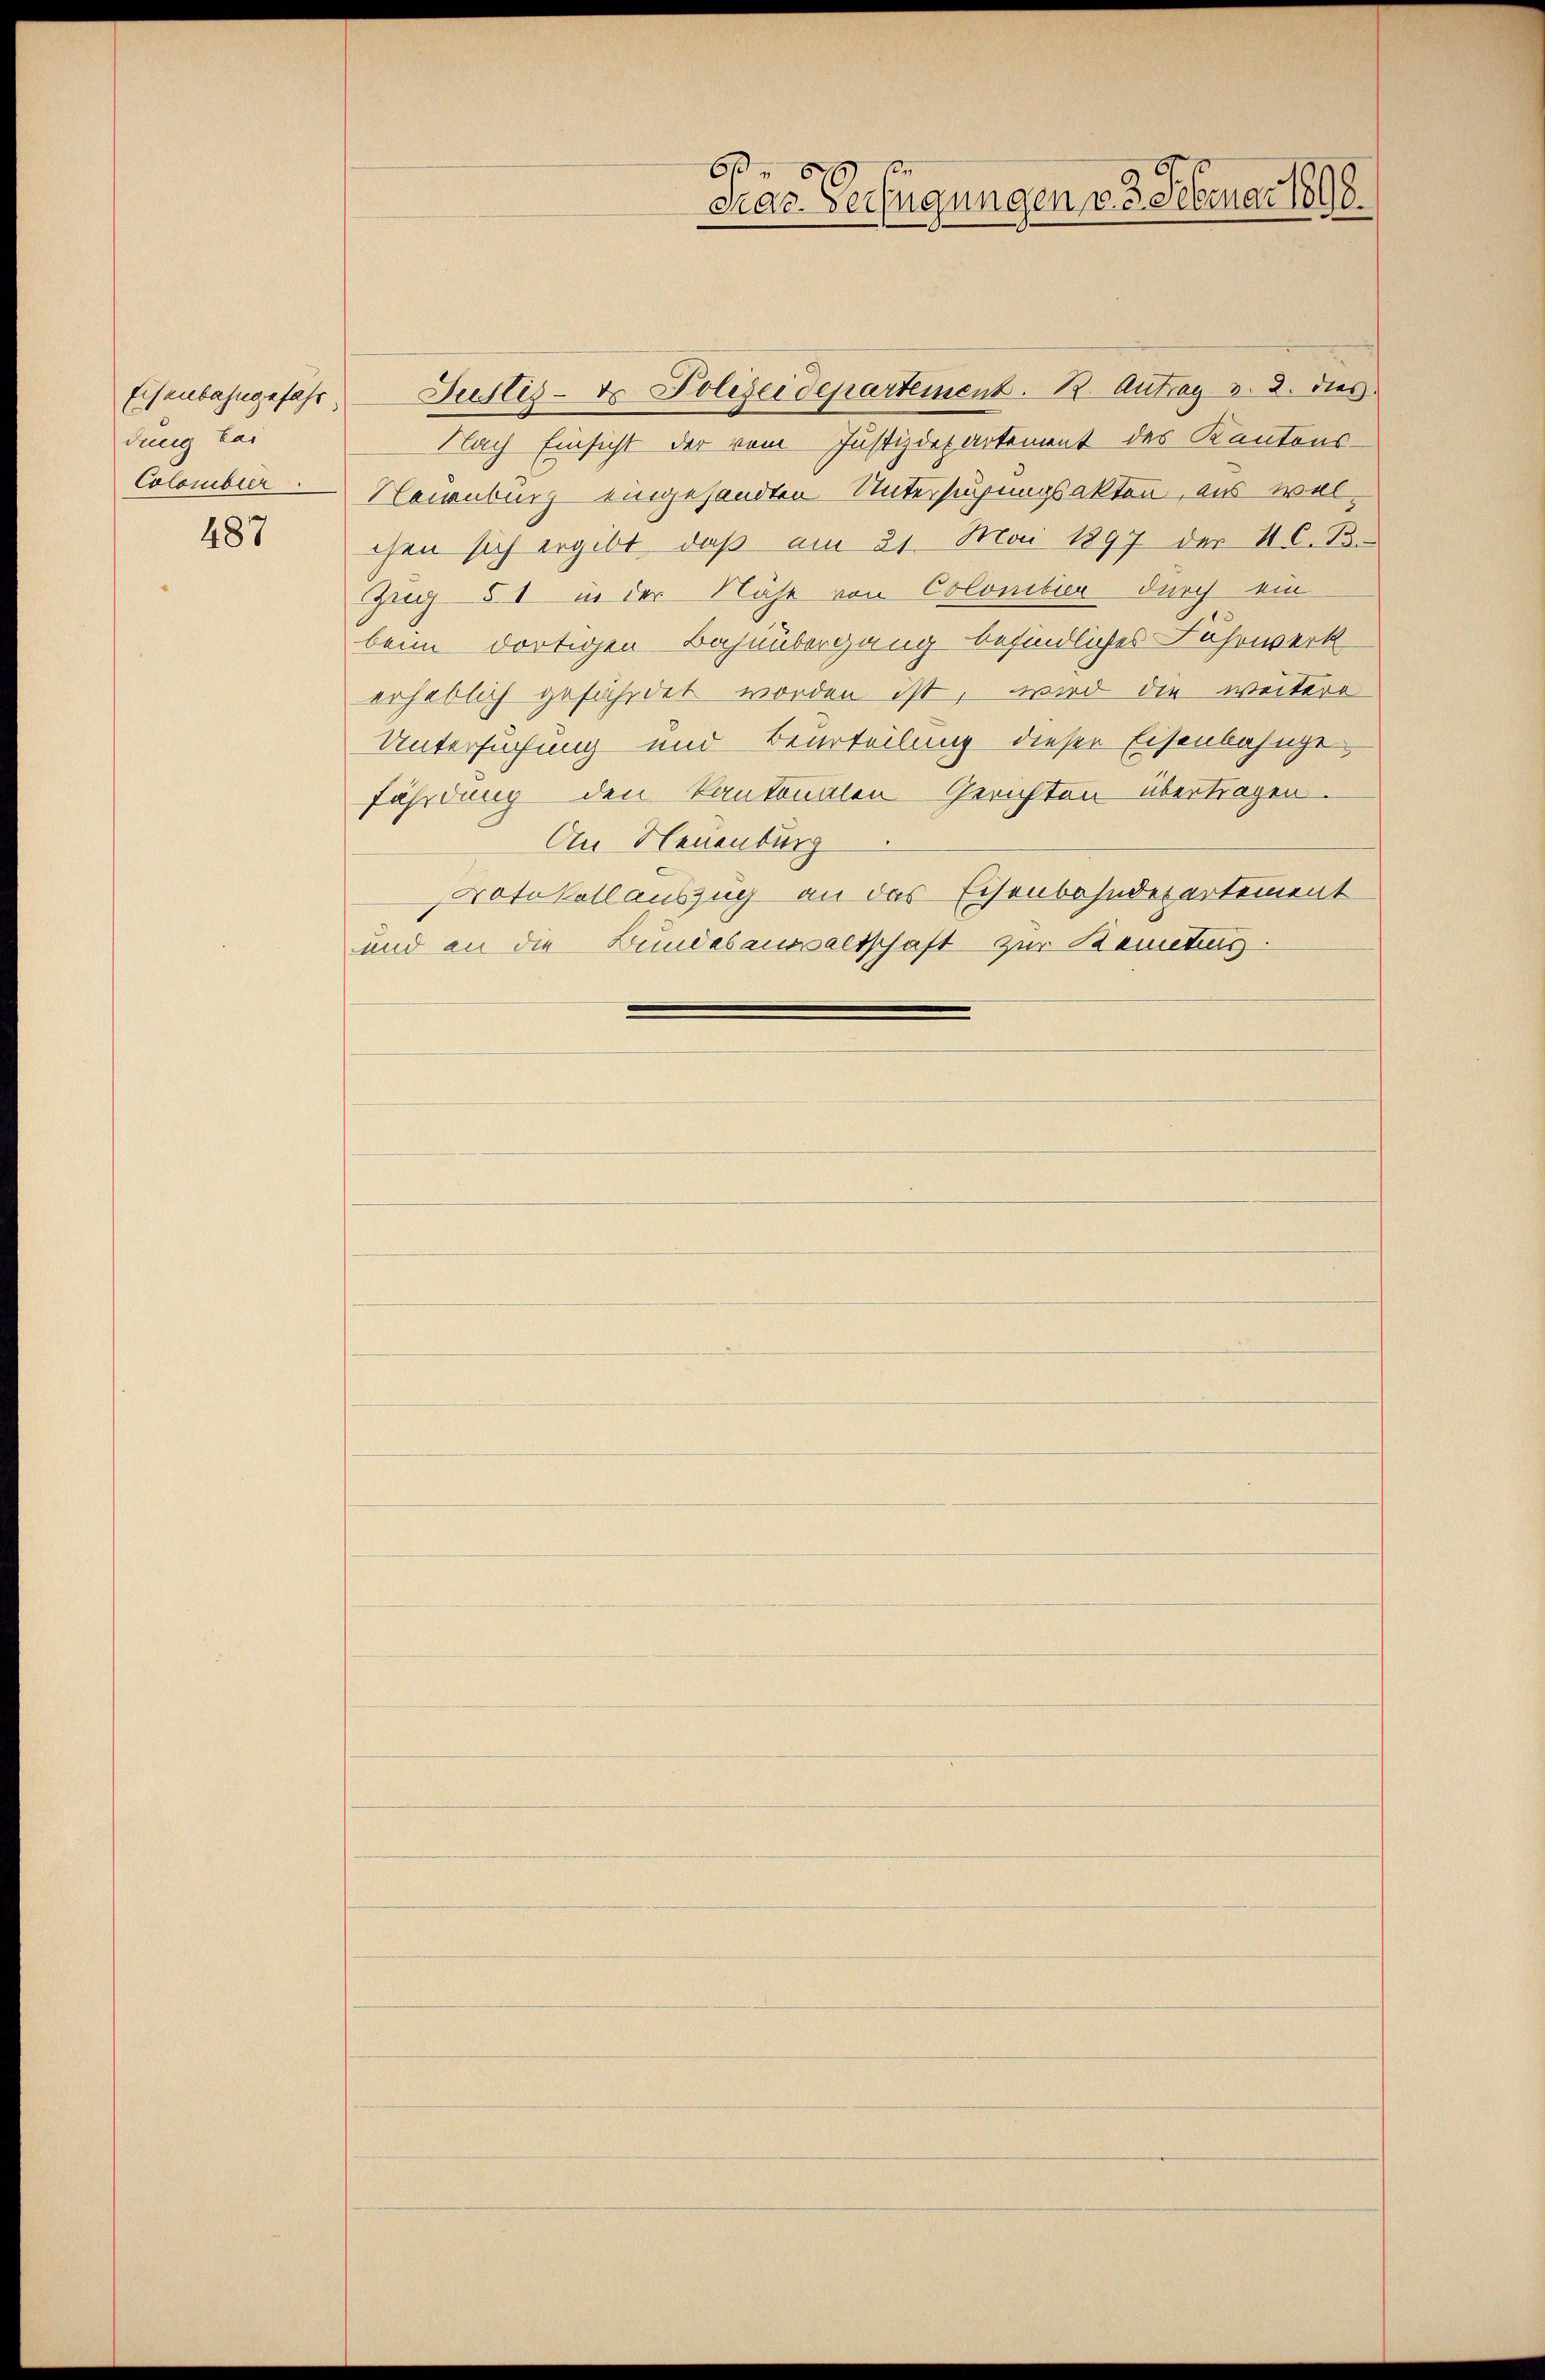
dung bai
Colombier

487

6
Das Verfügungen v. 3. Februar 1898.

Eisenbahngefahr. Justiz- ds Polizeidepartement. B. Antrag v. 2. dies
Nach Einsicht der vom Justizdepartement des Kantons-
Hainburg eingesandten Untersuchungsakten, aus welchen sich ergibt, daß am 21. Mai 1897 der 4 l. B.
Gug 51 in der Nähe von Colonibier durch ein
beim dortigen Bahnübergang befindliches Fuhrwerk
erheblich gefährdet worden ist, wird die weitere
Untersuchung und Beurteilung dieser Eisenbahngefährdung den Kantonalen Gerichten übertragen.
An Neuenburg
Notokollauszug an das Eisenbahndepartement
und an die Bundesaussaltschaft zur Bemetis.